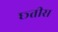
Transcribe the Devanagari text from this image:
छ्तीस